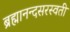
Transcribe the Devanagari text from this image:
ब्रह्मानन्दसरस्वती